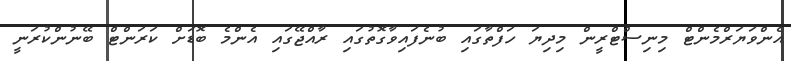
އެންވަޔަރްމެންޓް މިނިސްޓްރީން މިދިޔަ ހަފްތާގައި ބުނެފައިވާގޮތުގައި ރާއްޖޭގައި އެންމެ ބޮޑަށް ކަރަންޓް ބޭނުންކުރަނީ